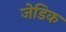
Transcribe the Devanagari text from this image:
जेडिक